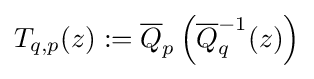
T_{q,p}(z):={\overline {Q}}_{p}\left({\overline {Q}}_{q}^{-1}(z)\right)